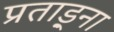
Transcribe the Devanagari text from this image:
प्रताड़्ना